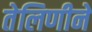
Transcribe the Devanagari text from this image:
तेलिणीने